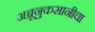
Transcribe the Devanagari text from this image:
अब्रूनुकसानीचा